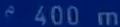
^{\varepsilon}400